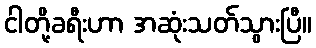
ငါတို့ခရီးဟာ အဆုံးသတ်သွားပြီ။